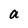
Character: a